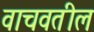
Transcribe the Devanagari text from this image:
वाचवतील